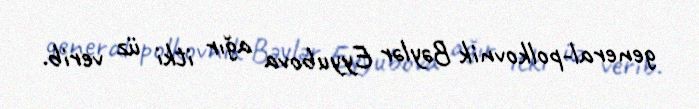
general-polkovnik Bəylər Eyyubova ağır itki üz verib.